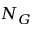
N _ { G }